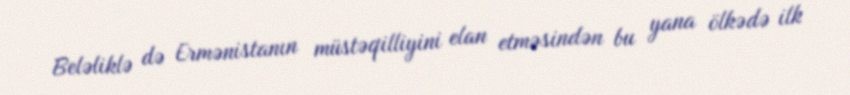
Beləliklə də Ermənistanın müstəqilliyini elan etməsindən bu yana ölkədə ilk